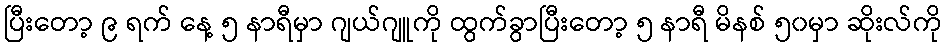
ပြီးတော့ ၉ ရက် နေ့ ၅ နာရီမှာ ဂျယ်ဂျူကို ထွက်ခွာပြီးတော့ ၅ နာရီ မိနစ် ၅၀မှာ ဆိုးလ်ကို